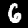
Label: 6